Vaccination Hyderabad 1872-1889 - 1872-1889
Year: 1872
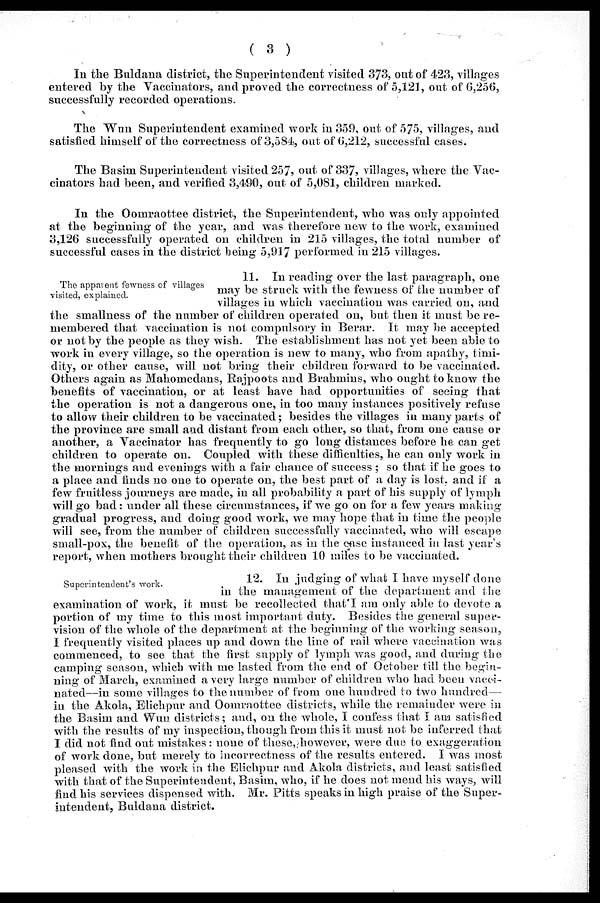
( 3 )
In the Buldana district, the Superintendent visited 373, out of 423, villages
entered by the Vaccinators, and proved the correctness of 5,121, out of 6,256,
successfully recorded operations.
The Wun Superintendent examined work in 359, out of 575, villages, and
satisfied himself of the correctness of 3,584, out of 6,212, successful cases.
The Basim Superintendent visited 257, out of 337, villages, where the Vac-
cinators had been, and verified 3,490, out of 5,081, children marked.
In the Oomraottee district, the Superintendent, who was only appointed
at the beginning of the year, and was therefore new to the work, examined
3,126 successfully operated on children in 215 villages, the total number of
successful cases in the district being 5,917 performed in 215 villages.
The apparent fewness of villages
visited, explained.
11. In reading over the last paragraph, one
may be struck with the fewness of the number of
villages in which vaccination was carried on, and
the smallness of the number of children operated on, but then it must be re-
membered that vaccination is not compulsory in Berar. It may be accepted
or not by the people as they wish. The establishment has not yet been able to
work in every village, so the operation is new to many, who from apathy, timi-
dity, or other cause, will not bring their children forward to be vaccinated.
Others again as Mahomedans, Rajpoots and Brahmins, who ought to know the
benefits of vaccination, or at least have had opportunities of seeing that
the operation is not a dangerous one, in too many instances positively refuse
to allow their children to be vaccinated; besides the villages in many parts of
the province are small and distant from each other, so that, from one cause or
another, a Vaccinator has frequently to go long distances before he can get
children to operate on. Coupled with these difficulties, he can only work in
the mornings and evenings with a fair chance of success ; so that if he goes to
a place and finds no one to operate on, the best part of a day is lost, and if a
few fruitless journeys are made, in all probability a part of his supply of lymph
will go bad: under all these circumstances, if we go on for a few years making
gradual progress, and doing good work, we may hope that in time the people
will see, from the number of children successfully vaccinated, who will escape
small-pox, the benefit of the operation, as in the case instanced in last year's
report, when mothers brought their children 10 miles to be vaccinated.
Superintendent's work.
12. In judging of what I have myself done
in the management of the department and the
examination of work, it must be recollected that I am only able to devote a
portion of my time to this most important duty. Besides the general super-
vision of the whole of the department at the beginning of the working season,
I frequently visited places up and down the line of rail where vaccination was
commenced, to see that the first supply of lymph was good, and during the
camping season, which with me lasted from the end of October till the begin¬
ning of March, examined a very large number of children who had been vacci-
nated—in some villages to the number of from one hundred to two hundred—
in the Akola, Elichpur and Oomraottee districts, while the remainder were in
the Basim and Wun districts; and, on the whole, I confess that I am satisfied
with the results of my inspection, though from this it must not be inferred that
I did not find out mistakes: none of these, however, were due to exaggeration
of work done, but merely to incorrectness of the results entered. I was most
pleased with the work in the Elichpur and Akola districts, and least satisfied
with that of the Superintendent, Basim, who, if he does not mend his ways, will
find his services dispensed with. Mr. Pitts speaks in high praise of the Super-
intendent, Buldana district.